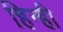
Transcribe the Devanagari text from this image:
हिन्ही